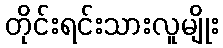
တိုင်းရင်းသားလူမျိုး